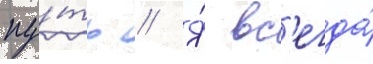
пу́ть // Я́ вс'егда́